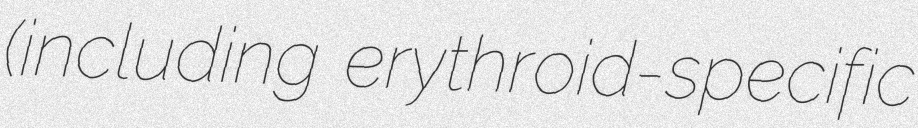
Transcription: (including erythroid-specific